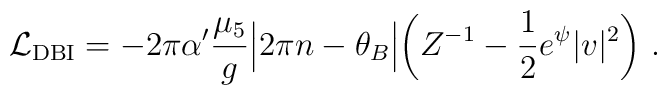
{\cal L}_{\rm DBI} = - 2\pi \alpha' \frac{\mu_5}{g} \Bigl| 2\pi n - \theta_B\Bigr| \biggl( Z^{-1} -\frac{1}{2} e^{\psi} |v|^2 \biggr)\ .